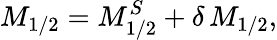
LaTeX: M_{1/2}=M_{1/2}^{S}+\delta\, M_{1/2},